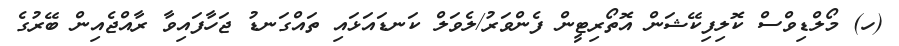
(ހ) މޯލްޑިވްސް ކޮލިފިކޭޝަން އޮތޯރިޓީން ފެންވަރު/ލެވަލް ކަނޑައަޅައި ތައްގަނޑު ޖަހާފައިވާ ރާއްޖެއިން ބޭރުގެ